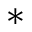
^ *